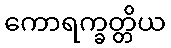
ကောရက္ခတ္တိယ